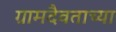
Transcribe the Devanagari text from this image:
ग्रामदैवताच्या